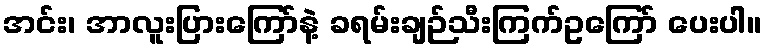
အင်း၊ အာလူးပြားကြော်နဲ့ ခရမ်းချဉ်သီးကြက်ဥကြော် ပေးပါ။